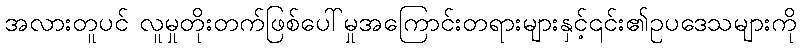
အလားတူပင် လူမှုတိုးတက်ဖြစ်ပေါ်မှုအကြောင်းတရားများနှင့်၎င်း၏ဥပဒေသများကို